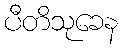
ပီတိသုခေန